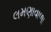
લમણાવાળા